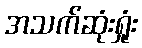
အသက်ဆုံးရှုံး